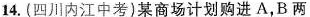
14.(四川内江中考)某商场计划购进A，B两